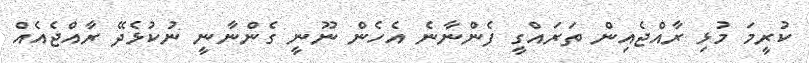
ކުރީމަ މުޅި ރާއްޖެއިން ތަރައްގީ ފެންނާނެ އެހެން ނޫނީ ގެންނާނީ ނުކުޅެދޭ ރާއްޖެއެއް